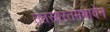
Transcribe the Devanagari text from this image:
ततस्वरतमभावेन